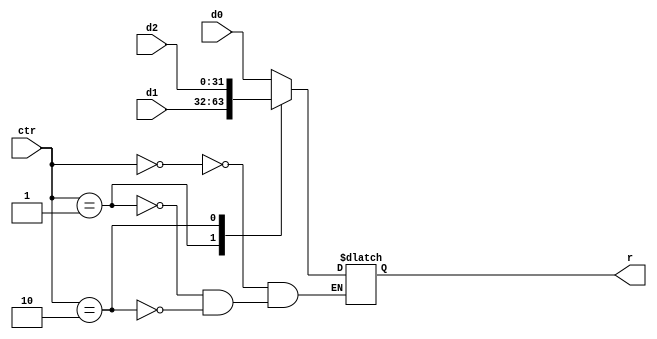

module mux3 #(parameter WIDTH = 32) 
(
input [1:0]ctr,	
input [WIDTH-1:0] d0, d1,d2,		
output reg[WIDTH-1:0] r
);	
always@(d0 or d1 or d2 or ctr)	
begin
	case(ctr)
	2'b00: r = d0;
	2'b01: r = d1;
	2'b10: r = d2;
	endcase
end

endmodule